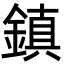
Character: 鎮